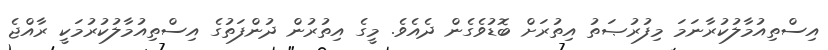
އިސްތިއުމާލުކުރާނަމަ މިފުރުޞަތު އިތުރަށް ބޮޑުވެގެން ދެއެވެ. މީގެ އިތުރުން ދުންފަތުގެ އިސްތިއުމާލުކުރުމަކީ ރާއްޖެ